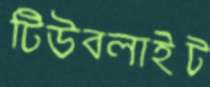
টিউবলাইট